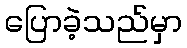
ပြောခဲ့သည်မှာ